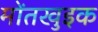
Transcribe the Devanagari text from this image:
मोंतखुइक